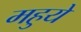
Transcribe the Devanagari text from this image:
महुये